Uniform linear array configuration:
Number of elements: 64
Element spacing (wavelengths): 0.75
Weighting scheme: binomial
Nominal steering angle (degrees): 30
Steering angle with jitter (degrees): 31.963
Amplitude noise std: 0.05
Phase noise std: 0.05

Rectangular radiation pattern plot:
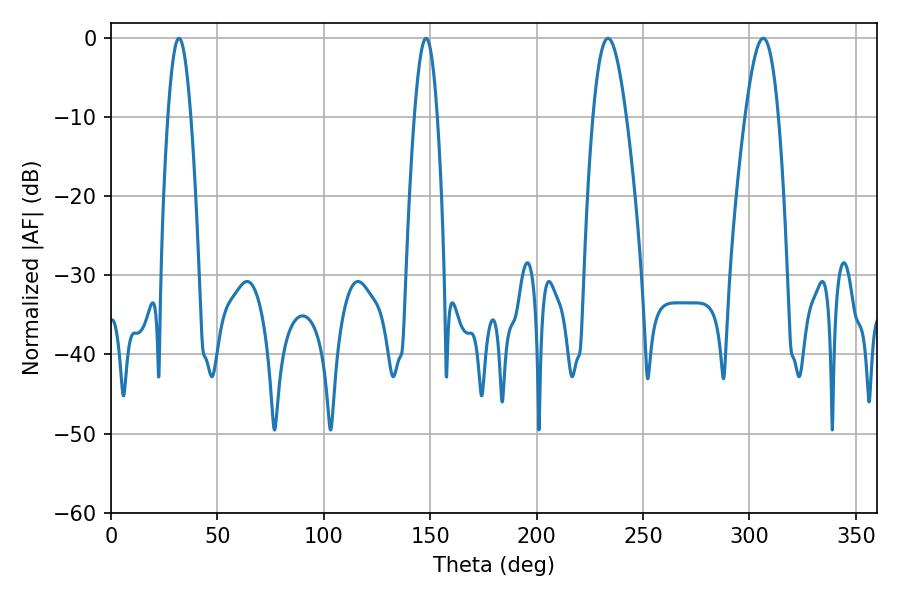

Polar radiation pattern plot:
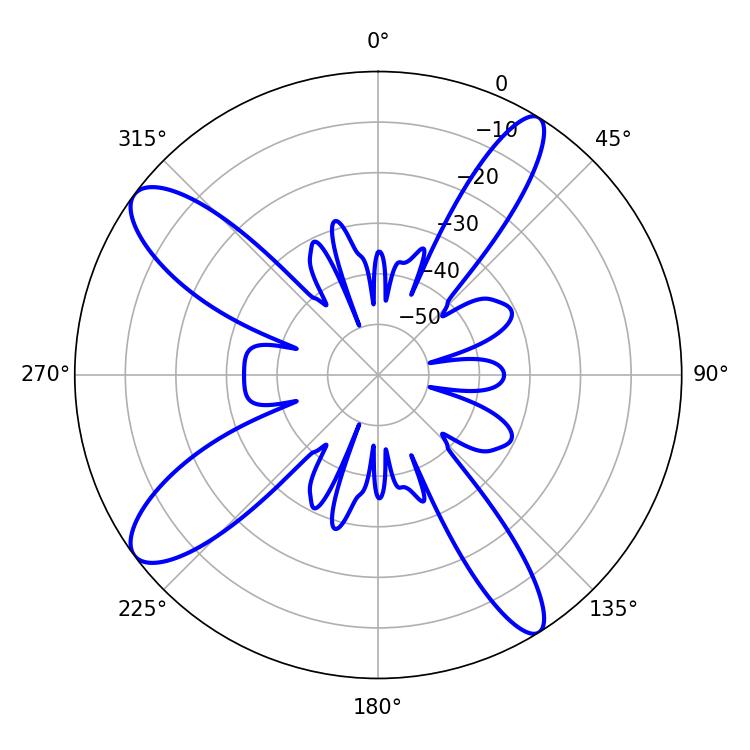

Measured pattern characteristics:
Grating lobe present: TRUE
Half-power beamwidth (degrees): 8.46
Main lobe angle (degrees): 233.46